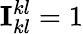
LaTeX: \mathbf{I}_{kl}^{kl}=1